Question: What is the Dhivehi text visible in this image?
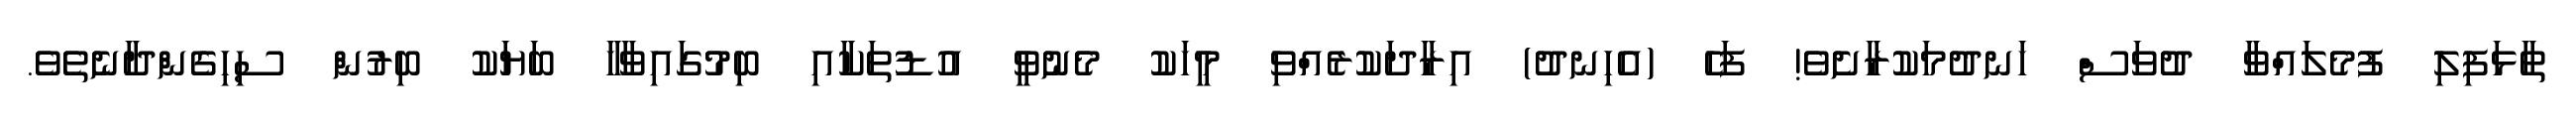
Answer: ތާޅަފިލި ފުމެލައްވާ ދުވަސް ހަނދުމަކުރާށެވެ! ފަހެ (އެހިނދު) އިރާދަކުރެއްވި މީހަކު މެނުވީ އުޑުތަކާއި ބިމުގައިވާހާ ބަޔަކު ބިރުން ސިހިގެންދާނެތެވެ.